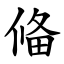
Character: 偹